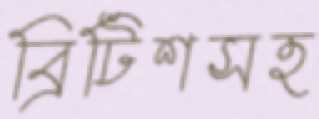
ব্রিটিশসহ